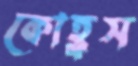
কোহ্লস